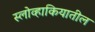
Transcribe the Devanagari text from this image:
स्लोव्हाकियातील